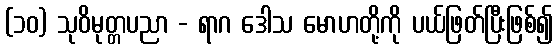
(၁၀) သုဝိမုတ္တပညာ - ရာဂ ဒေါသ မောဟတို့ကို ပယ်ဖြတ်ပြီးဖြစ်၍